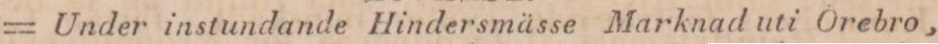
= Under instundande Hindersmässe Marknad uti Orebro,